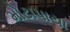
મોટાપાયા